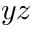
y z